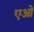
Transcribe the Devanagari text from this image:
एओं